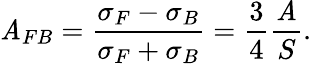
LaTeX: \mathit{A}_{FB}=\frac{{\sigma_{F}-\sigma_{B}}}{{\sigma_{F}+\sigma_{B}}}=\frac{{3}}{{4}}\frac{{\mathit{A}}}{{S}}.